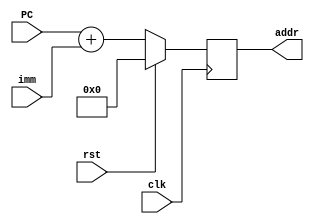
`timescale 1ns / 1ps
//////////////////////////////////////////////////////////////////////////////////
// Company: 
// Engineer: 
// 
// Design Name: 
// Module Name: Fetch
// Project Name: 
// Target Devices: 
// Tool Versions: 
// Description: 
// 
// Dependencies: 
// 
// Revision:
// Revision 0.01 - File Created
// Additional Comments:
// 
//////////////////////////////////////////////////////////////////////////////////


module Fetch(input clk, rst, input [31:0] PC, imm, output reg [31:0] addr);
    always@(posedge clk) begin
        if (rst)
            addr = 32'd0;
        else
            addr = PC + imm; 
    end
endmodule